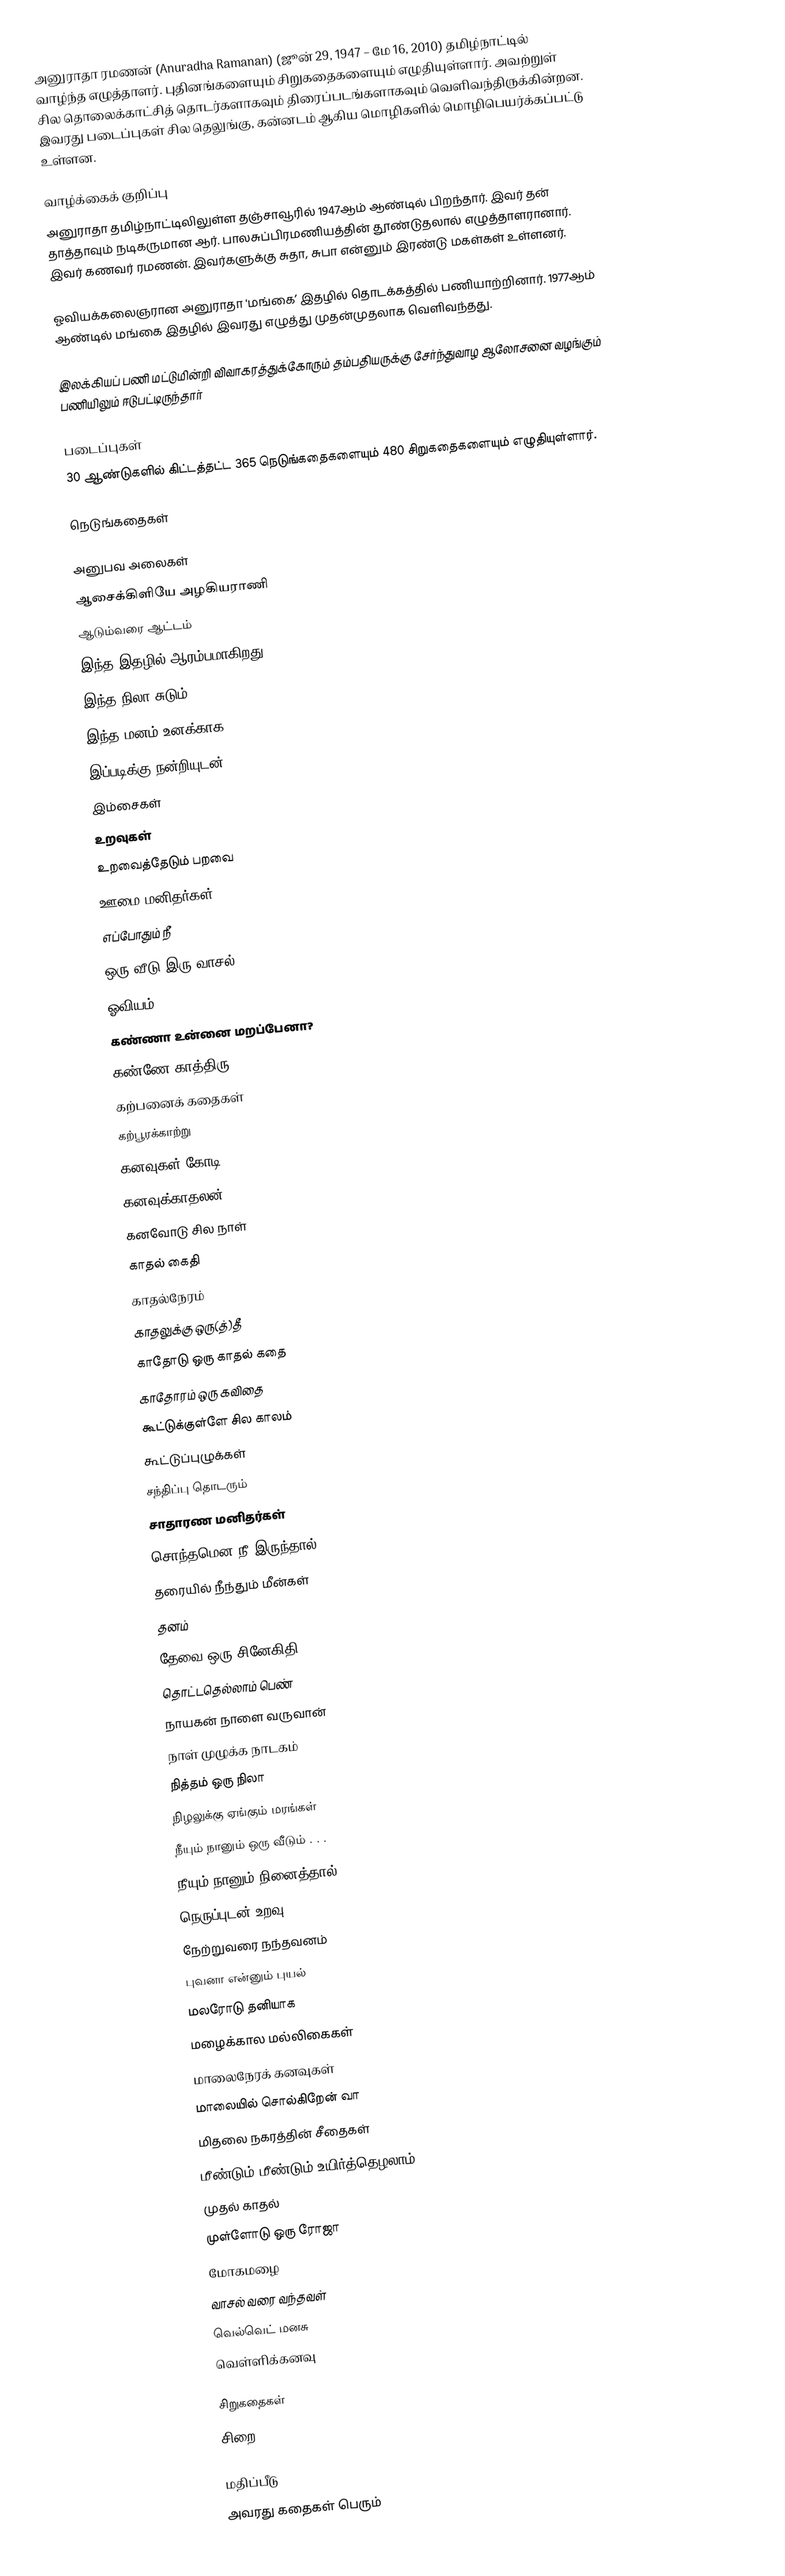
அனுராதா ரமணன்  (Anuradha Ramanan) (ஜூன் 29, 1947 – மே 16, 2010) தமிழ்நாட்டில் வாழ்ந்த எழுத்தாளர். புதினங்களையும் சிறுகதைகளையும் எழுதியுள்ளார். அவற்றுள் சில தொலைக்காட்சித் தொடர்களாகவும் திரைப்படங்களாகவும் வெளிவந்திருக்கின்றன. இவரது படைப்புகள் சில தெலுங்கு, கன்னடம் ஆகிய மொழிகளில் மொழிபெயர்க்கப்பட்டு உள்ளன.

வாழ்க்கைக் குறிப்பு
அனுராதா தமிழ்நாட்டிலிலுள்ள தஞ்சாவூரில் 1947ஆம் ஆண்டில் பிறந்தார். இவர் தன் தாத்தாவும் நடிகருமான ஆர். பாலசுப்பிரமணியத்தின் தூண்டுதலால் எழுத்தாளரானார். இவர் கணவர் ரமணன். இவர்களுக்கு சுதா, சுபா என்னும் இரண்டு மகள்கள் உள்ளனர்.

ஓவியக்கலைஞரான அனுராதா 'மங்கை’ இதழில் தொடக்கத்தில் பணியாற்றினார். 1977ஆம் ஆண்டில் மங்கை இதழில் இவரது எழுத்து முதன்முதலாக வெளிவந்தது.

இலக்கியப் பணி மட்டுமின்றி விவாகரத்துக்கோரும் தம்பதியருக்கு சேர்ந்துவாழ ஆலோசனை வழங்கும் பணியிலும் ஈடுபட்டிருந்தார்

படைப்புகள்
30 ஆண்டுகளில் கிட்டத்தட்ட 365 நெடுங்கதைகளையும் 480 சிறுகதைகளையும் எழுதியுள்ளார்.

நெடுங்கதைகள்

 அனுபவ அலைகள்
 ஆசைக்கிளியே அழகியராணி
 ஆடும்வரை ஆட்டம்
 இந்த இதழில் ஆரம்பமாகிறது
 இந்த நிலா சுடும்
 இந்த மனம் உனக்காக
 இப்படிக்கு நன்றியுடன்
 இம்சைகள்
 உறவுகள்
 உறவைத்தேடும் பறவை
 ஊமை மனிதர்கள்
 எப்போதும் நீ
 ஒரு வீடு இரு வாசல்
 ஓவியம்
 கண்ணா உன்னை மறப்பேனா?
 கண்ணே காத்திரு!
 கற்பனைக் கதைகள்
 கற்பூரக்காற்று
 கனவுகள் கோடி
 கனவுக்காதலன்
 கனவோடு சில நாள்
 காதல் கைதி
 காதல்நேரம்
 காதலுக்கு ஒரு(த்)தீ
 காதோடு ஒரு காதல் கதை
 காதோரம் ஒரு கவிதை
 கூட்டுக்குள்ளே சில காலம்
 கூட்டுப்புழுக்கள்
 சந்திப்பு தொடரும்
 சாதாரண மனிதர்கள்
 சொந்தமென நீ இருந்தால்
 தரையில் நீந்தும் மீன்கள்
 தனம்
 தேவை ஒரு சினேகிதி
 தொட்டதெல்லாம் பெண்
 நாயகன் நாளை வருவான்
 நாள் முழுக்க நாடகம்
 நித்தம் ஒரு நிலா
 நிழலுக்கு ஏங்கும் மரங்கள்
 நீயும் நானும் ஒரு வீடும் . . .
 நீயும் நானும் நினைத்தால்
 நெருப்புடன் உறவு
 நேற்றுவரை நந்தவனம்
 புவனா என்னும் புயல்
 மலரோடு தனியாக
 மழைக்கால மல்லிகைகள்
 மாலைநேரக் கனவுகள்
 மாலையில் சொல்கிறேன் வா
 மிதலை நகரத்தின் சீதைகள்
 மீண்டும் மீண்டும் உயிர்த்தெழலாம்
 முதல் காதல்
 முள்ளோடு ஒரு ரோஜா
 மோகமழை
 வாசல் வரை வந்தவள்
 வெல்வெட் மனசு
 வெள்ளிக்கனவு

சிறுகதைகள்
 சிறை

மதிப்பீடு
அவரது கதைகள் பெரும்